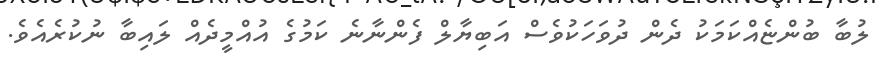
ލުބާ ބުންޏެއްކަމަކު ދެން ދުވަހަކުވެސް އަބިޔާލް ފެންނާނެ ކަމުގެ އުއްމީދެއް ލައިބާ ނުކުރެއެވެ.